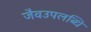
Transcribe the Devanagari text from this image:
जैवउपलब्धि